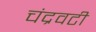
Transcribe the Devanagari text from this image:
चंद्रवटी